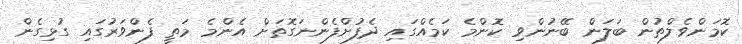
ކޮމަންވެލްތުން ބަލަން ބޭނުންވި ކޮންމެ ކަމެއްގައި ދެފުށްފެންނަގޮތަށް އެންމެ މަތީ ފެންވަރުގައި ގުޅިގެން